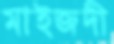
মাইজদী